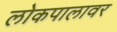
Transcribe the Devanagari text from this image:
लोकपालावर